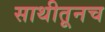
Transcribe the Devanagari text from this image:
साथीतूनच